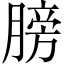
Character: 膀